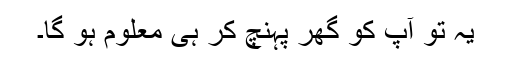
یہ تو آپ کو گھر پہنچ کر ہی معلوم ہو گا۔